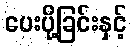
ပေးပို့ခြင်းနှင့်